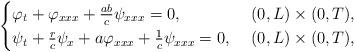
LaTeX: \begin{align*}\begin{cases}\varphi_t + \varphi_{xxx} + \frac{ab}{c}\psi_{xxx}=0, & \,\, (0,L)\times (0,T), \\\psi_t +\frac{r}{c}\psi_x+a\varphi_{xxx} +\frac{1}{c}\psi_{xxx} =0, & \,\, (0,L)\times (0,T),\end{cases}\end{align*}